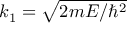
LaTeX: k _ { 1 } = { \sqrt { 2 m E / \hbar ^ { 2 } } }